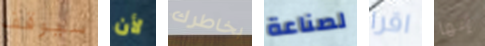
سيوقف لأن بخاطرك لصناعة اقرا إنها